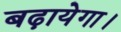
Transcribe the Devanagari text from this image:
बढ़ायेगा।